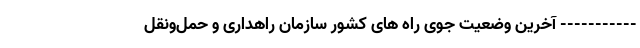
----------- آخرين وضعيت جوی راه های کشور سازمان راهداری و حمل‌ونقل